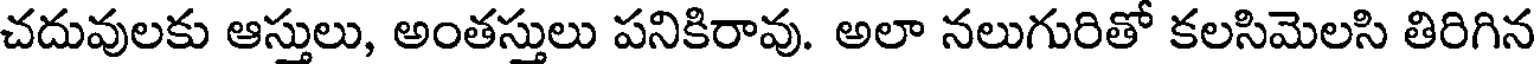
చదువులకు ఆస్తులు, అంతస్తులు పనికిరావు. అలా నలుగురితో కలసిమెలసి తిరిగిన